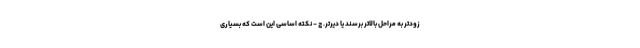
زودتر به مراحل بالاتر برسند یا دیرتر. ج - نکته اساسی این است که بسیاری